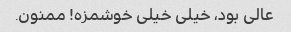
عالی بود، خیلی خیلی خوشمزه! ممنون.